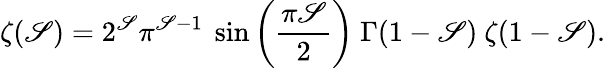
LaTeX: \zeta(\mathscr{S})=2^{\mathscr{S}}\pi^{\mathscr{S}-1}\ \sin\left({\frac{{\pi\mathscr{S}}}{{2}}}\right)\ \Gamma(1-\mathscr{S})\ \zeta(1-\mathscr{S}).